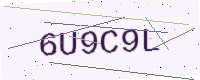
Text: 6U9C9L